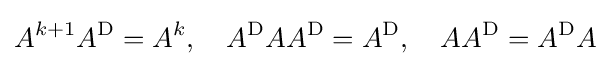
A^{k+1}A^{\text{D}}=A^{k},\quad A^{\text{D}}AA^{\text{D}}=A^{\text{D}},\quad AA^{\text{D}}=A^{\text{D}}A